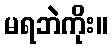
မရဘဲကိုး။